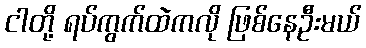
ငါတို့ ရပ်ကွက်ထဲကလို ဖြစ်နေဦးမယ်